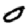
Digit: 0